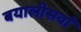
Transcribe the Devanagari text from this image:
बयालीसवाँ